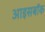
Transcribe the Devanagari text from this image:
आइसबॉक